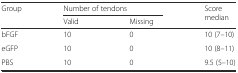
<table><thead><tr><td rowspan="2"><b>Group</b></td><td colspan="2"><b>Number of tendons</b></td><td rowspan="2"><b>Score median</b></td></tr><tr><td><b>Valid</b></td><td><b>Missing</b></td></tr></thead><tbody><tr><td>bFGF</td><td>10</td><td>0</td><td>10 (7–10)</td></tr><tr><td>eGFP</td><td>10</td><td>0</td><td>10 (8–11)</td></tr><tr><td>PBS</td><td>10</td><td>0</td><td>9.5 (5–10)</td></tr></tbody></table>